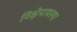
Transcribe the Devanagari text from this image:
विक्षेपावस्था